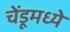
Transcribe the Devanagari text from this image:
चेंडूमध्ये